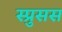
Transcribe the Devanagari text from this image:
स्प्रुसस